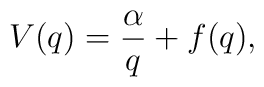
V(q)=\frac{\alpha}{q} +f(q),